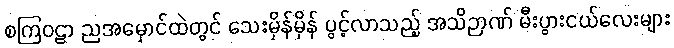
စကြဝဠာ ညအမှောင်ထဲတွင် သေးမှိန်မှိန် ပွင့်လာသည့် အသိဉာဏ် မီးပွားငယ်လေးများ